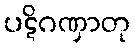
ပဋိဂဏှာတု